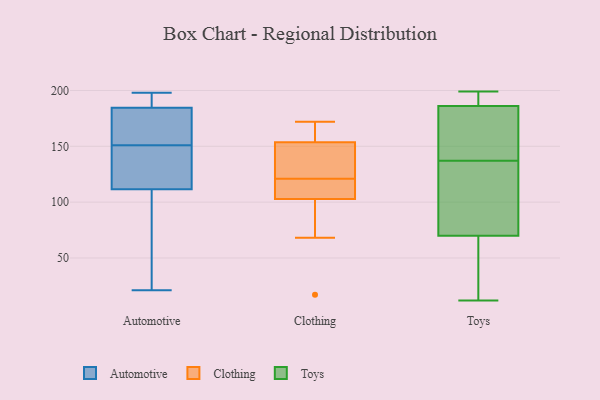
{"axis": {"x": "Production Output", "y": "Value"}, "legend": ["Automotive", "Clothing", "Toys"], "data": [{"x": "", "y": 183, "type": "Automotive"}, {"x": "", "y": 142, "type": "Automotive"}, {"x": "", "y": 193, "type": "Automotive"}, {"x": "", "y": 116, "type": "Automotive"}, {"x": "", "y": 26, "type": "Automotive"}, {"x": "", "y": 151, "type": "Automotive"}, {"x": "", "y": 160, "type": "Automotive"}, {"x": "", "y": 198, "type": "Automotive"}, {"x": "", "y": 67, "type": "Automotive"}, {"x": "", "y": 185, "type": "Automotive"}, {"x": "", "y": 159, "type": "Automotive"}, {"x": "", "y": 123, "type": "Automotive"}, {"x": "", "y": 110, "type": "Automotive"}, {"x": "", "y": 21, "type": "Automotive"}, {"x": "", "y": 193, "type": "Automotive"}, {"x": "", "y": 68, "type": "Clothing"}, {"x": "", "y": 127, "type": "Clothing"}, {"x": "", "y": 165, "type": "Clothing"}, {"x": "", "y": 171, "type": "Clothing"}, {"x": "", "y": 123, "type": "Clothing"}, {"x": "", "y": 114, "type": "Clothing"}, {"x": "", "y": 150, "type": "Clothing"}, {"x": "", "y": 115, "type": "Clothing"}, {"x": "", "y": 172, "type": "Clothing"}, {"x": "", "y": 99, "type": "Clothing"}, {"x": "", "y": 121, "type": "Clothing"}, {"x": "", "y": 104, "type": "Clothing"}, {"x": "", "y": 17, "type": "Clothing"}, {"x": "", "y": 138, "type": "Toys"}, {"x": "", "y": 94, "type": "Toys"}, {"x": "", "y": 143, "type": "Toys"}, {"x": "", "y": 155, "type": "Toys"}, {"x": "", "y": 191, "type": "Toys"}, {"x": "", "y": 12, "type": "Toys"}, {"x": "", "y": 136, "type": "Toys"}, {"x": "", "y": 196, "type": "Toys"}, {"x": "", "y": 86, "type": "Toys"}, {"x": "", "y": 186, "type": "Toys"}, {"x": "", "y": 196, "type": "Toys"}, {"x": "", "y": 70, "type": "Toys"}, {"x": "", "y": 199, "type": "Toys"}, {"x": "", "y": 114, "type": "Toys"}, {"x": "", "y": 68, "type": "Toys"}, {"x": "", "y": 63, "type": "Toys"}, {"x": "", "y": 45, "type": "Toys"}, {"x": "", "y": 164, "type": "Toys"}]}